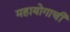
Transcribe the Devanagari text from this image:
महायोगाची